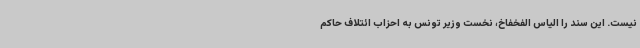
نیست. این سند را الیاس الفخفاخ، نخست وزیر تونس به احزاب ائتلاف حاکم